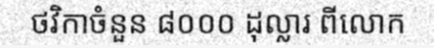
ថវិកាចំនួន ៨០០០ ដុល្លារ ពីលោក